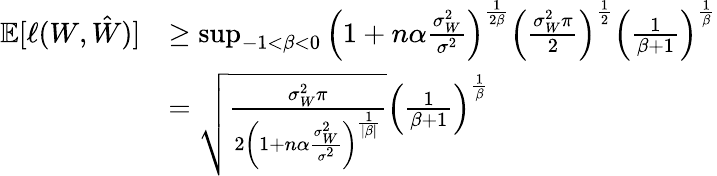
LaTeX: \begin{array}{rl}{\mathbb{E}[\ell(W,\hat{W})]}&{\geq\operatorname*{sup}_{-1<\beta<0}\left(1+n\alpha\frac{\sigma_{W}^{2}}{\sigma^{2}}\right)^{\frac{1}{2\beta}}\left(\frac{\sigma_{W}^{2}\pi}{2}\right)^{\frac 12}\left(\frac{1}{\beta+1}\right)^{\frac 1\beta}}\\ &{=\sqrt{\frac{\sigma_{W}^{2}\pi}{2\left(1+n\alpha\frac{\sigma_{W}^{2}}{\sigma^{2}}\right)^{\frac{1}{|\beta|}}}}\left(\frac{1}{\beta+1}\right)^{\frac 1\beta}}\end{array}